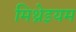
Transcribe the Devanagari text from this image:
मिथ्रेइयम